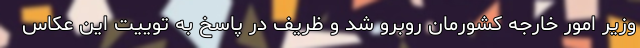
وزیر امور خارجه کشورمان روبرو شد و ظریف در پاسخ به توییت این عکاس